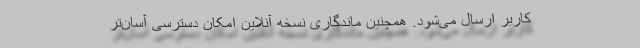
کاربر ارسال می‌شود. همچنین ماندگاری نسخه آنلاین امکان دسترسی آسان‌تر